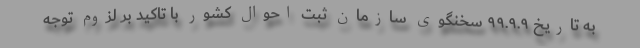
به تاریخ ۹۹.۹.۹ سخنگوی سازمان ثبت احوال کشور با تاکید بر لزوم توجه